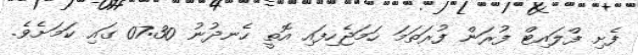
ފެށި ފްލައިޓް ފުރަން ފުރަތަމަ ހަމަޖެހިފައި އޮތީ ހެނދުނު 07:30 ގައި ކަމަށެވެ.